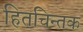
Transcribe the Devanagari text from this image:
हितचिन्तक